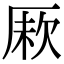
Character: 𠩼